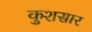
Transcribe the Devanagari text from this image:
कुशसार